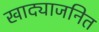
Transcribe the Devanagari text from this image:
खाद्याजनित